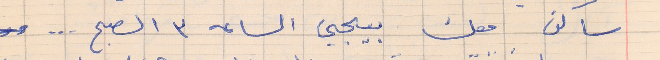
ساكن معك بيجي الساعه ٣ الصبح ...